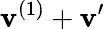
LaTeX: \mathbf{v}^{(1)}+\mathbf{v}^{\prime}